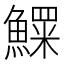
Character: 𱆾